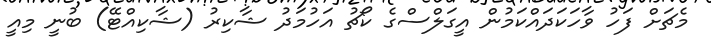
މެޗަށް ފަހު ވާހަކަދައްކަމުން އީގަލްސްގެ ކޯޗު އަހުމަދު ޝާކިރު (ޝާކިއްޓޭ) ބުނީ މިއީ